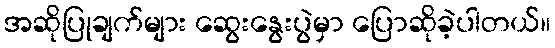
အဆိုပြုချက်များ ဆွေးနွေးပွဲမှာ ပြောဆိုခဲ့ပါတယ်။